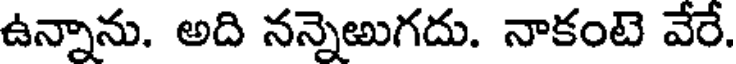
ఉన్నాను. అది నన్నెఱుగదు. నాకంటె వేరే.